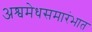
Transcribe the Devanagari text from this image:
अश्वमेधसमारंभात